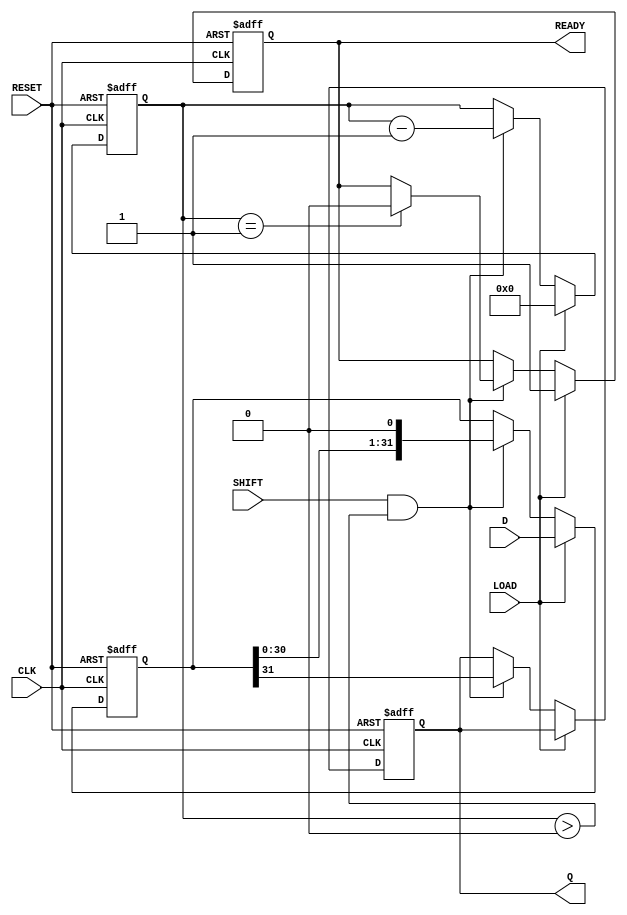
module PISO_Register (
    input  wire [31:0] D,      // 32-bit data input
    input  wire LOAD,          // Load control signal
    input  wire CLK,           // Clock signal
    input  wire SHIFT,         // Shift control signal
    input  wire RESET,         // Asynchronous reset signal
    output reg  Q,             // Serial output
    output reg  READY          // Data ready signal
);

    reg [31:0] storage;        // Storage register for parallel data
    reg [4:0] bit_count;       // Bit counter to track the number of bits shifted out

    // Asynchronous reset
    always @(posedge CLK or posedge RESET) begin
        if (RESET) begin
            storage <= 32'b0;       // Clear storage register
            Q <= 1'b0;              // Clear serial output
            bit_count <= 5'b0;      // Reset bit counter
            READY <= 1'b0;          // Clear data ready signal
        end else begin
            if (LOAD) begin
                storage <= D;        // Load data into the storage register
                bit_count <= 5'd32;  // Set bit count to 32, ready to shift out
                READY <= 1'b1;       // Set data ready signal
            end else if (SHIFT && bit_count > 0) begin
                Q <= storage[31];     // Output the MSB of the storage register
                storage <= {storage[30:0], 1'b0};  // Shift left
                bit_count <= bit_count - 1; // Decrement the bit count
                if (bit_count == 1) begin
                    READY <= 1'b0;      // Clear data ready signal when done
                end
            end
        end
    end

endmodule